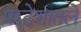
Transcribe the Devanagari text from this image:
परदेशातले